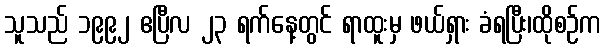
သူသည် ၁၉၉၂ ဧပြီလ ၂၃ ရက်နေ့တွင် ရာထူးမှ ဖယ်ရှား ခံရပြီး၊ထိုစဉ်က